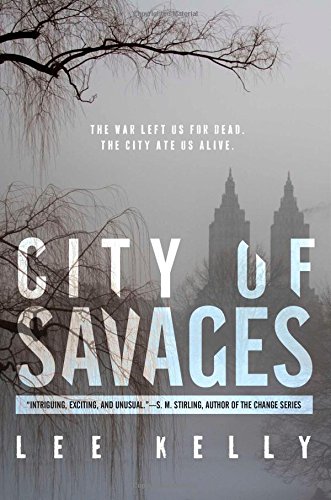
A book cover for City of Savages; Lee Kelly; Science Fiction & Fantasy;